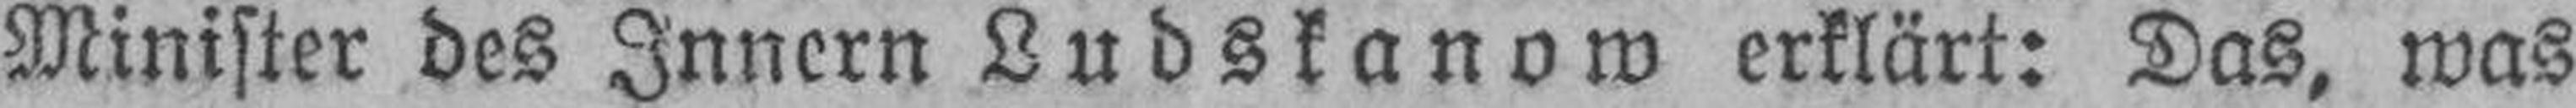
Minister des Innern Ludskanow erklärt: Das, was